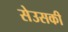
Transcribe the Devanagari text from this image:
सेउसकी